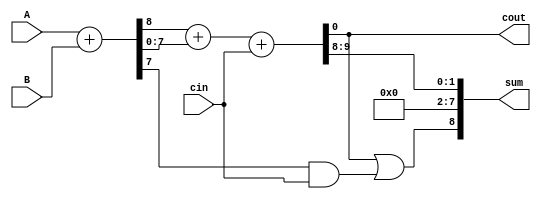
module Carry_Bypass_Adder (
    input [7:0] A,
    input [7:0] B,
    input cin,
    output [8:0] sum,
    output cout
);

wire [7:0] P, G, C;

assign {P, G} = A + B;
assign {sum[7:0], C} = P + G + cin;
assign sum[8] = C | ((P[7] & G[7]) | (G[7] & cin));

assign cout = C;

endmodule